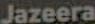
Jazeera